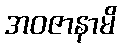
အဝဇာနာမိ